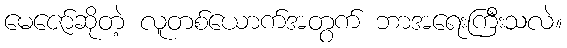
မေဇော်ဆိုတဲ့ လူတစ်ယောက်အတွက် ဘာအရေးကြီးသလဲ။